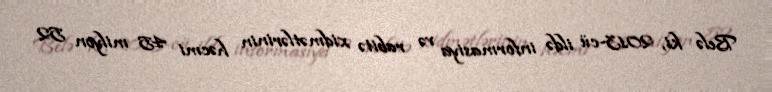
Belə ki, 2013-cü ildə informasiya və rabitə xidmətlərinin həcmi 45 milyon 52